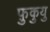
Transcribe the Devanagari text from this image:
फ़ुकुयु